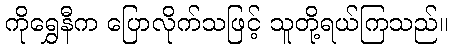
ကိုရွှေနီက ပြောလိုက်သဖြင့် သူတို့ရယ်ကြသည်။